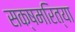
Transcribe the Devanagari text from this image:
सक्षमरित्या